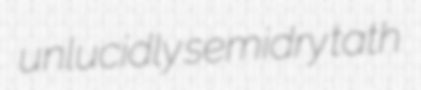
unlucidly semidry tath